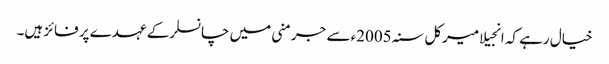
خیال رہے کہ انجیلا میرکل سنہ 2005ء سے جرمنی میں چانسلرکے عہدے پر فائز ہیں۔